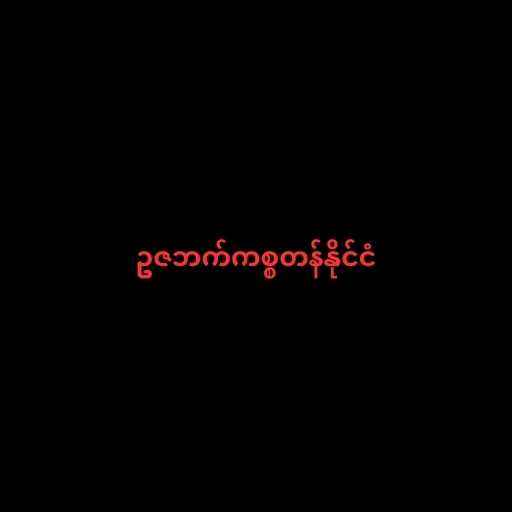
ဥဇဘက်ကစ္စတန်နိုင်ငံ